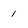
Character: 1